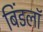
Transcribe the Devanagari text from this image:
बिंडलॉ